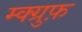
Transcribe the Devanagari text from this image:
म्क्ग्रुफ़